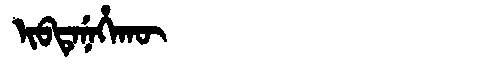
Manchu: ᡳᠪᡨᡝᠨᡝᡥᠠᡴᡡ
Romanization: IBTENEHAKŪ